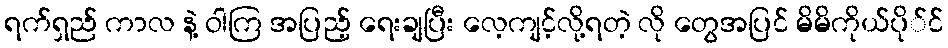
ရက်ရှည် ကာလ နဲ့ ဝါကြ အပြည့် ရေးချပြီး လေ့ကျင့်လို့ရတဲ့ လို တွေအပြင် မိမိကိုယ်ပို်င်